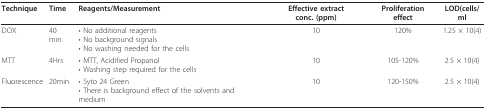
<table><thead><tr><td><b>Technique</b></td><td><b>Time</b></td><td><b>Reagents/Measurement</b></td><td><b>Effective extract conc. (ppm)</b></td><td><b>Proliferation effect</b></td><td><b>LOD(cells/ml</b></td></tr></thead><tbody><tr><td>DOX</td><td>40 min.</td><td>• No additional reagents• No background signals• No washing needed for the cells</td><td>10</td><td>120%</td><td>1.25 × 10(4)</td></tr><tr><td>MTT</td><td>4Hrs</td><td>• MTT, Acidified Propanol• Washing step required for the cells</td><td>10</td><td>105-120%</td><td>2.5 × 10(4)</td></tr><tr><td>Fluorescence</td><td>20min</td><td>• Syto 24 Green• There is background effect of the solvents and medium</td><td>10</td><td>120-150%</td><td>2.5 × 10(4)</td></tr></tbody></table>